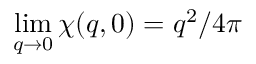
\operatorname* { l i m } _ { q \rightarrow 0 } \chi ( q , 0 ) = q ^ { 2 } / 4 \pi